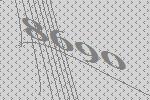
8690